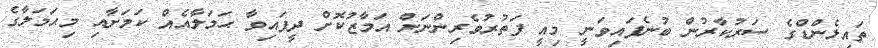
ތައިލެންޑްގެ ސަރުކާރުން ބުނެފައިވަނީ މިއީ ފަތުރުވެރިންނަށް އަމާޒުކޮށް ދީފައިވާ ޙަމަލާއެއް ކަމަށާއި މިޙަމަލާގެ